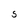
Character: s